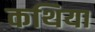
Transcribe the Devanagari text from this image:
कथिया